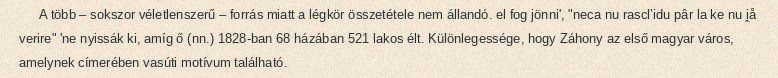
A több – sokszor véletlenszerű – forrás miatt a légkör összetétele nem állandó. el fog jönni', "neca nu rasclʼidu pâr la ke nu i̭å verire" 'ne nyissák ki, amíg ő (nn.) 1828-ban 68 házában 521 lakos élt. Különlegessége, hogy Záhony az első magyar város, amelynek címerében vasúti motívum található.